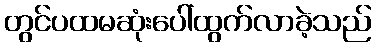
တွင်ပထမဆုံးပေါ်ထွက်လာခဲ့သည်